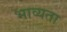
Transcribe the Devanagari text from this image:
भाव्‍यता